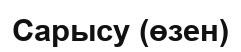
Сарысу (өзен)